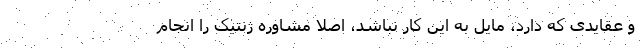
و عقایدی که دارد، مایل به این کار نباشد، اصلا مشاوره ژنتیک را انجام